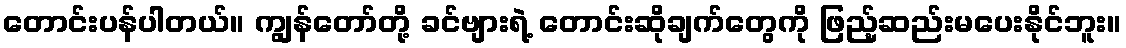
တောင်းပန်ပါတယ်။ ကျွန်တော်တို့ ခင်ဗျားရဲ့ တောင်းဆိုချက်တွေကို ဖြည့်ဆည်းမပေးနိုင်ဘူး။